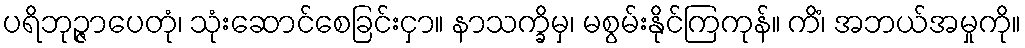
ပရိဘုဉ္ဇာပေတုံ၊ သုံးဆောင်စေခြင်းငှာ။ နာသက္ခိမှ၊ မစွမ်းနိုင်ကြကုန်။ ကိံ၊ အဘယ်အမှုကို။